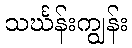
သင်္ဃန်းကျွန်း